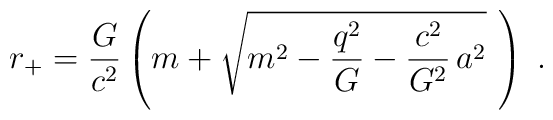
r_{+} = \frac{G}{c^2} \left( m + \sqrt{m^2 - \frac{q^2}{G}  -\frac{c^2}{G^2} \, a^2} \,\, \right) \; .